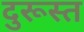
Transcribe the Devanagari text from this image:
दुरूस्‍त